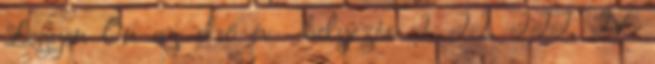
Legyen Ön az első év helyezés I. II. III. IV.